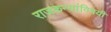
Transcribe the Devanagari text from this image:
राजकन्यांविषयी